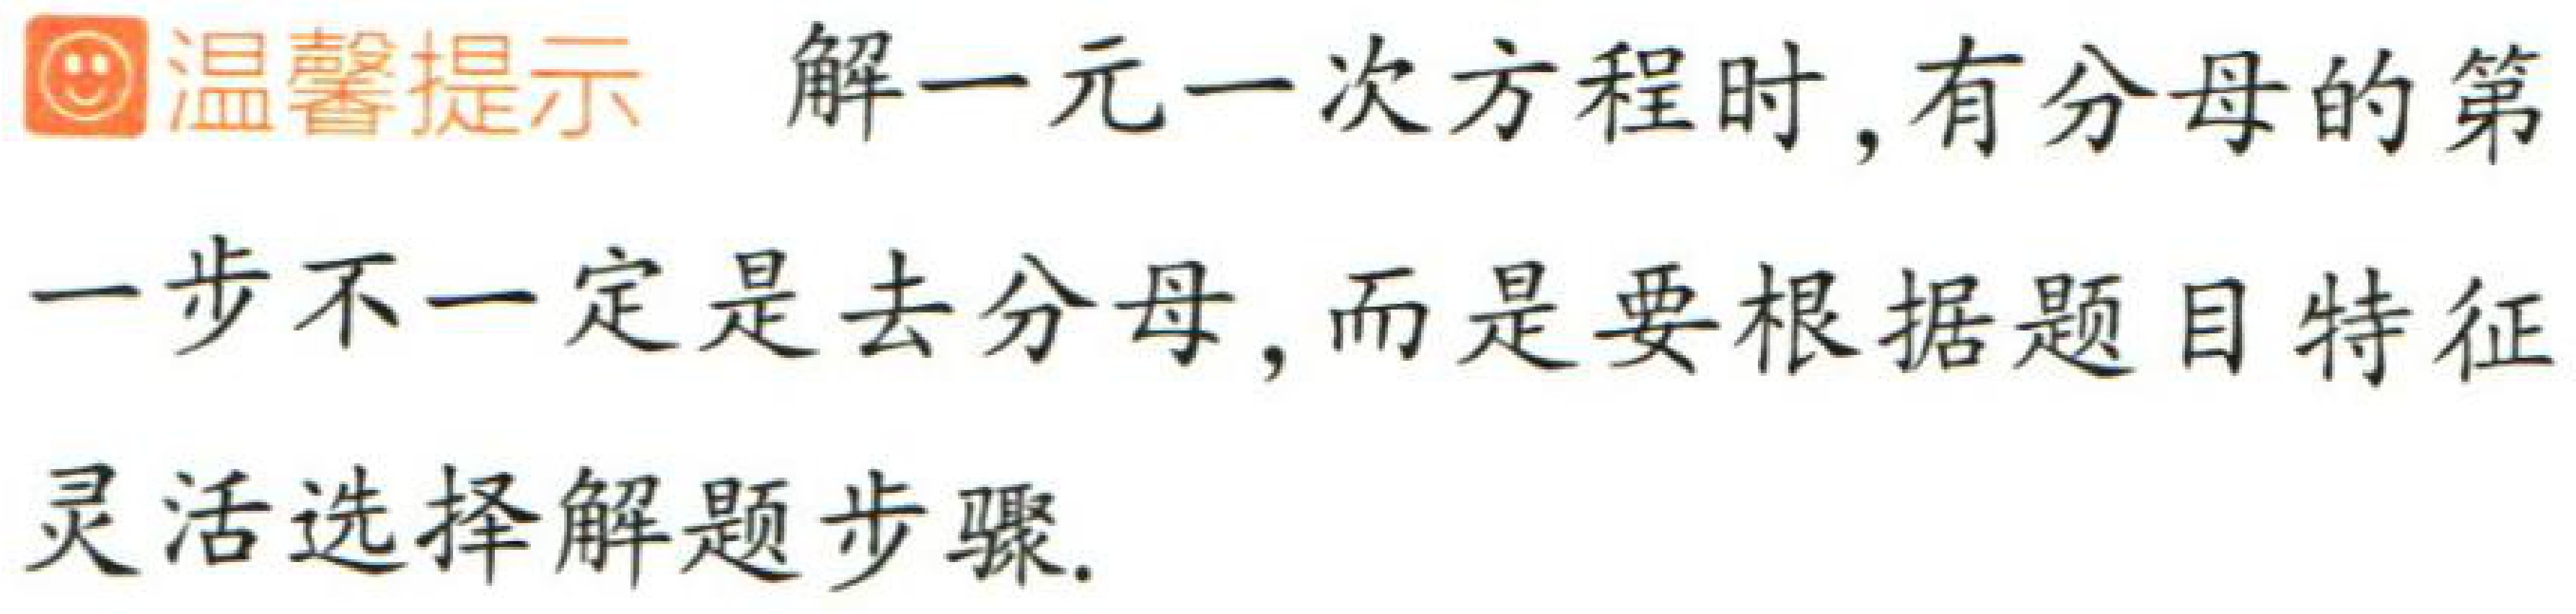
温馨提示 解一元一次方程时,有分母的第一步不一定是去分母,而是要根据题目特征灵活选择解题步骤.